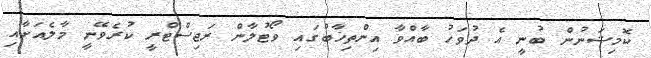
ކޮމިޝަނުން ބުނީ އެ ދުވަހު ބާއްވާ އިންތިޚާބުގައި ވޯޓުލާން ރަޖިސްޓްރީ ކުރެވޭނީ މާލެއަށާއި